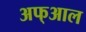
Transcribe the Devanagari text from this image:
अफ्आल